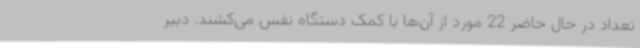
تعداد در حال حاضر 22 مورد از آن‌ها با کمک دستگاه نفس می‌کشند. دبیر